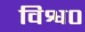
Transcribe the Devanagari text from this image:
विश्व०